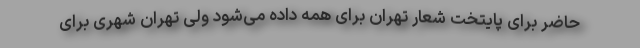
حاضر برای پایتخت شعار تهران برای همه داده می‌شود ولی تهران شهری برای